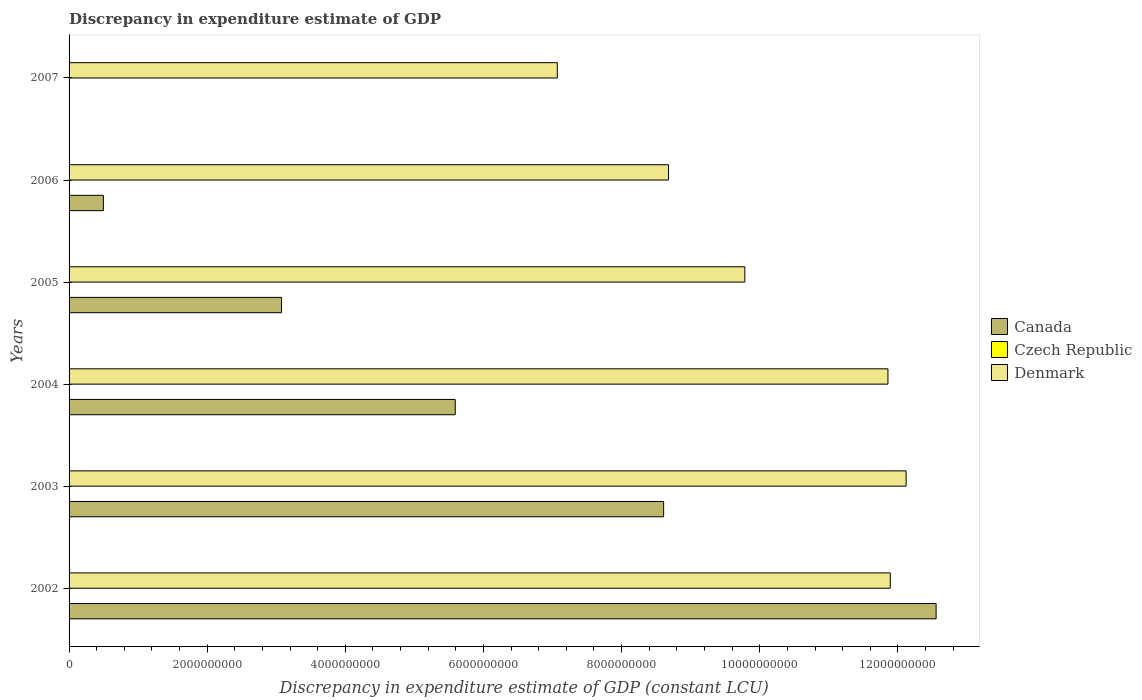
| Years | Canada | Czech Republic | Denmark |
 | --- | --- | --- | --- |
 | 2002 | 1.26e+10 | -6.42e+10 | 1.19e+10 |
 | 2003 | 8.61e+09 | -6.81e+10 | 1.21e+10 |
 | 2004 | 5.59e+09 | -4.82e+10 | 1.19e+10 |
 | 2005 | 3.08e+09 | -2.35e+10 | 9.78e+09 |
 | 2006 | 4.97e+08 | -7.78e+09 | 8.68e+09 |
 | 2007 | -1.12e+09 | -6.48e+09 | 7.07e+09 |